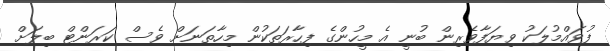
ފުވައްމުލަކު ވިޔަފާވެރިން ބުނީ އެ މީހުންގެ ފިހާރަތަކުން މިހާތަނަށް ވެސް ކަރަންޓް ބިލަށް